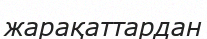
жарақаттардан